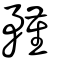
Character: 𥎊